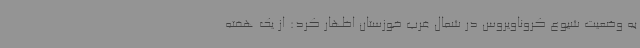
به وضعیت شیوع کروناویروس در شمال غرب خوزستان اظهار کرد: از یک هفته